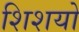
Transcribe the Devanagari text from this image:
शिशयो